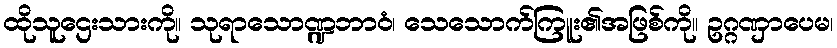
ထိုသူဌေးသားကို။ သုရာသောဏ္ဍဘာဝံ၊ သေသောက်ကြူး၏အဖြစ်ကို။ ဥဂ္ဂဏှာပေမ၊